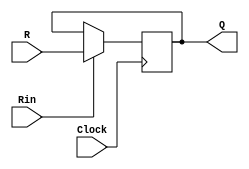
module regn(
	input [N-1:0] R, 
	input Rin, Clock, 
	output reg [N-1:0] Q);
	
	parameter N = 9;

	always @(posedge Clock)
		if (Rin)
			Q <= R;

endmodule